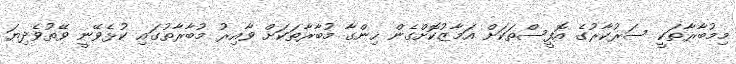
މިމުބާރާތަކީ ސަރުކާރުގެ އޮފީސްތަކަށް އަމާޒުކޮށްގެން ހިންގާ މުބާރާތަކަށް ވާއިރު މުބާރާތުގައި ކުޅެވޭނީ ވޭތުވެދިޔަ